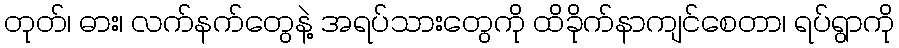
တုတ်၊ ဓား၊ လက်နက်တွေနဲ့ အရပ်သားတွေကို ထိခိုက်နာကျင်စေတာ၊ ရပ်ရွာကို